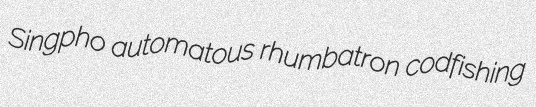
Singpho automatous rhumbatron codfishing